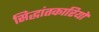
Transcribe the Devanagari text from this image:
सिद्धांतकारियों